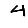
Digit: 4